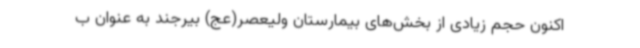
اکنون حجم زیادی از بخش‌های بیمارستان ولیعصر(عج) بیرجند به عنوان ب